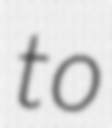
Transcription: to